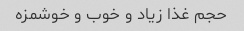
حجم غذا زیاد و خوب و خوشمزه